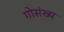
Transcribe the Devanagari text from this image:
गोसंख्य